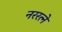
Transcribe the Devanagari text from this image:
नररत्ने